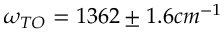
\omega _ { T O } = 1 3 6 2 \pm 1 . 6 c m ^ { - 1 }